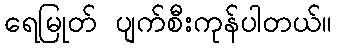
ရေမြုတ် ပျက်စီးကုန်ပါတယ်။